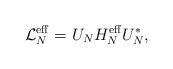
LaTeX: \begin{align*}\mathcal{L}^{\mathrm{eff}}_N= U_N H_N^\mathrm{eff} U_N^*,\end{align*}